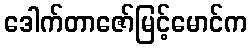
ဒေါက်တာဇော်မြင့်မောင်က